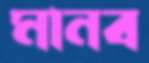
মানব